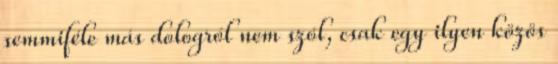
semmiféle más dologról nem szól, csak egy ilyen közös